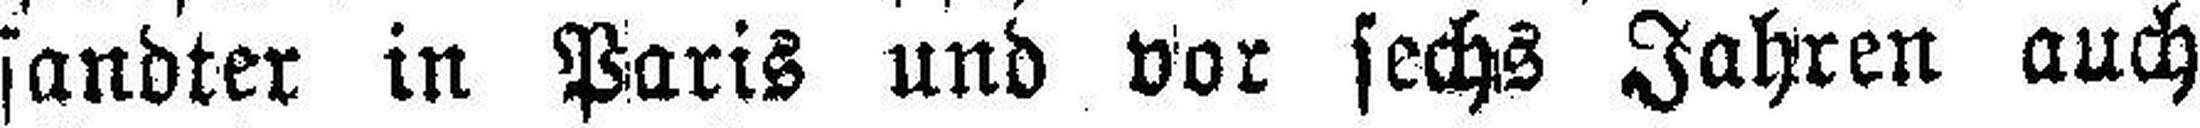
sandter in Paris und vor sechs Jahren auch